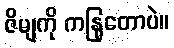
ဇိမျကို ကနြတောပဲ။